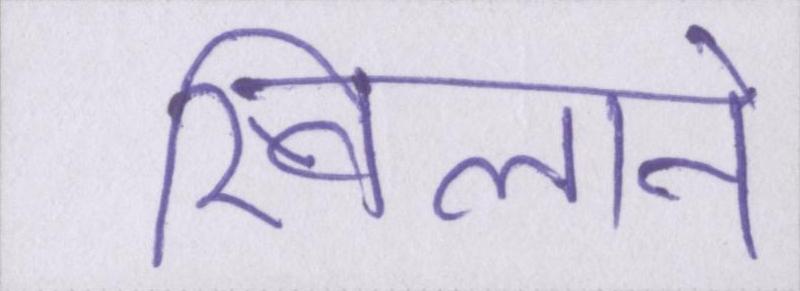
खिलाने